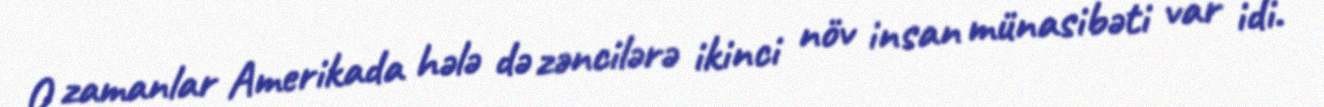
O zamanlar Amerikada hələ də zəncilərə ikinci növ insan münasibəti var idi.